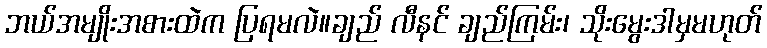
ဘယ်အမျိုးအစားထဲက ပြရမလဲ။ချည် လီနင် ချည်ကြမ်း၊ သိုးမွေးဒါမှမဟုတ်